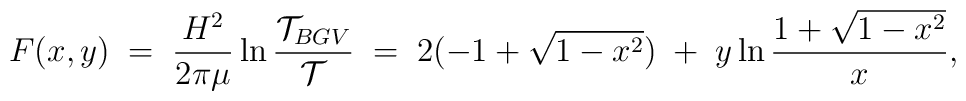
F(x,y)\;=\;\frac{H^2}{2\pi\mu}\ln\frac{{\cal T}_{BGV}}{{\cal T}}\;=\;2(-1+\sqrt{1-x^2})\;+\;y\ln\frac{1+\sqrt{1-x^2}}{x},